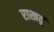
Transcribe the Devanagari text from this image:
राखवुं